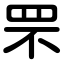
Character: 罘